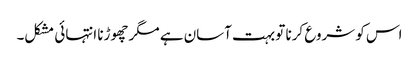
اس کو شروع کرنا تو بہت آسان ہے مگر چھوڑنا انتہائی مشکل۔